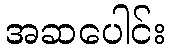
အဆပေါင်း